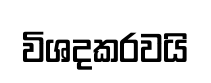
විශදකරවයි